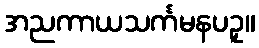
အညကာယသင်္ကမနပဥှ။